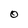
Character: 0